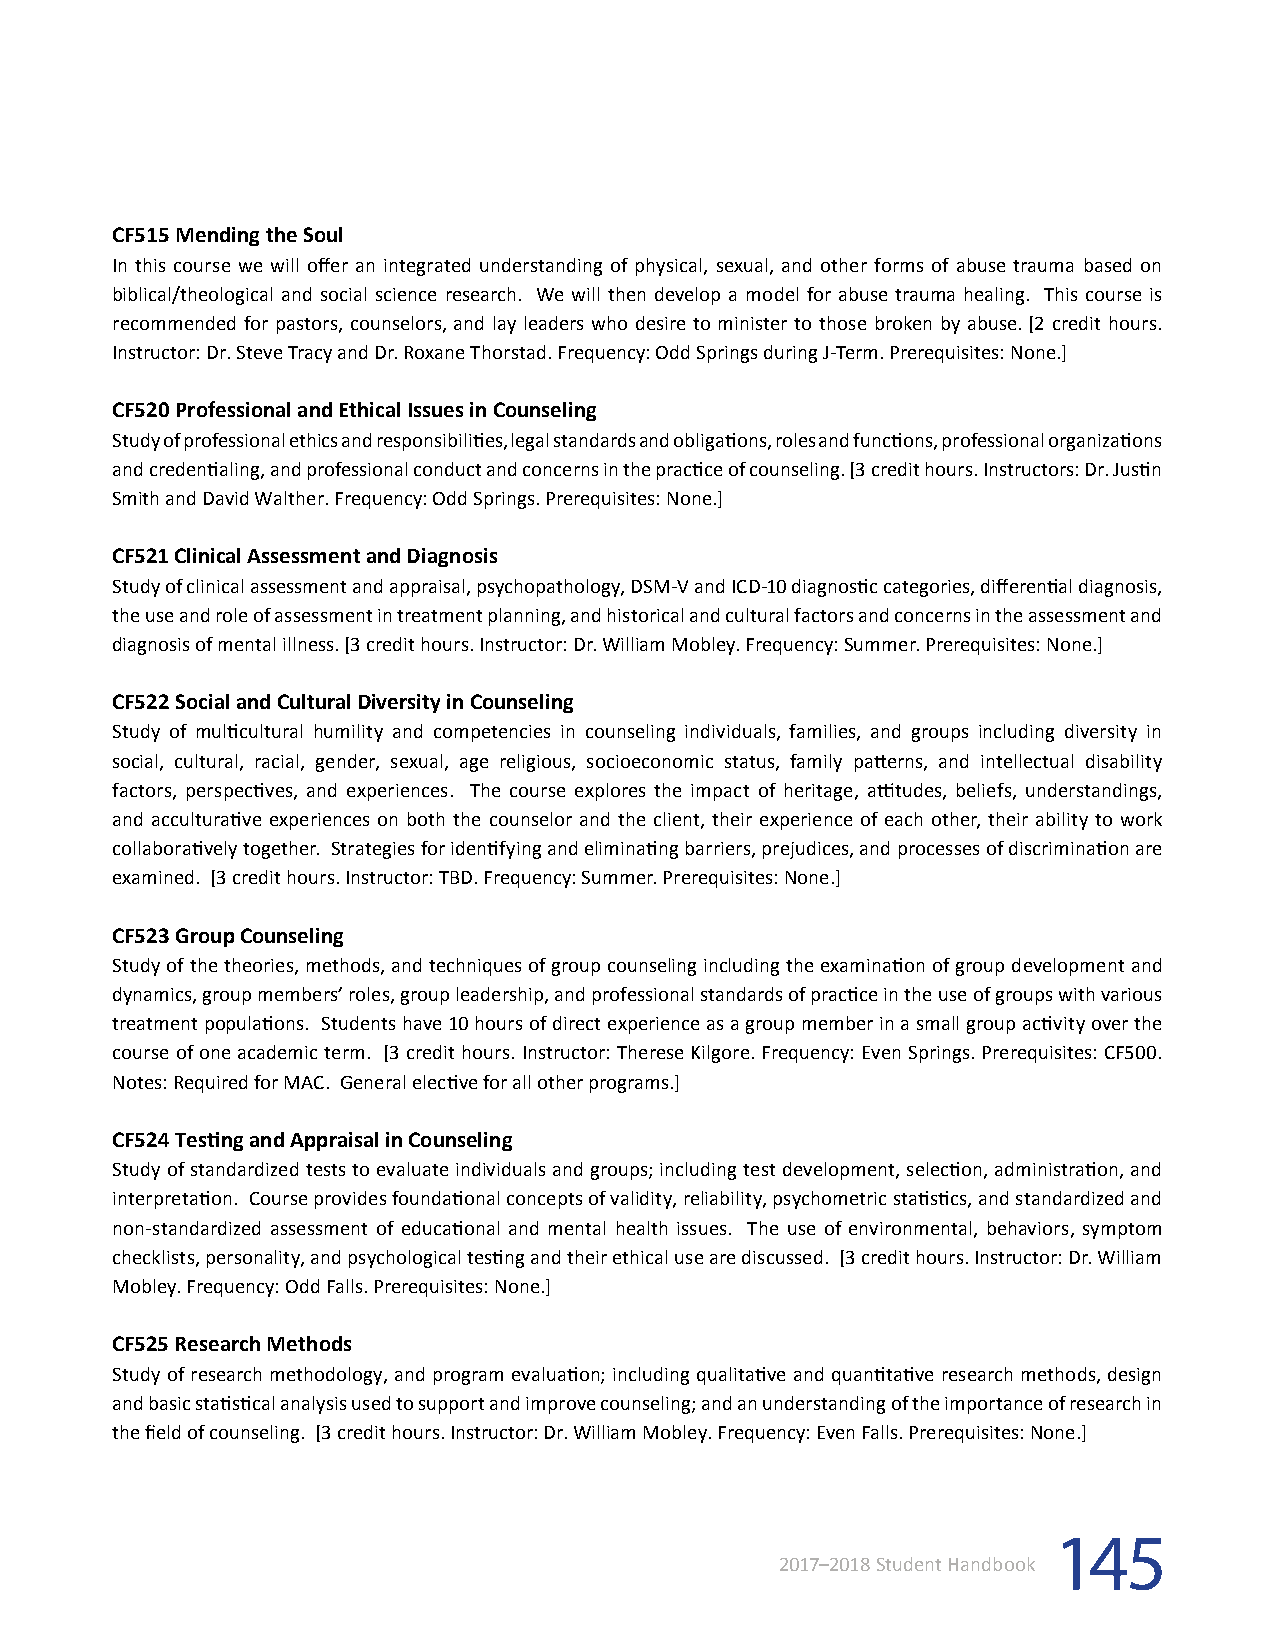
CF515 Mending the Soul
 In this course we will offer an integrated understanding of physical, sexual, and other forms of abuse trauma based on
 biblical/theological and social science research. We will then develop a model for abuse trauma healing. This course is
 recommended for pastors, counselors, and lay leaders who desire to minister to those broken by abuse. [2 credit hours.
 Instructor: Dr. Steve Tracy and Dr. Roxane Thorstad. Frequency: Odd Springs during J-Term. Prerequisites: None.]
 CF520 Professional and Ethical Issues in Counseling
 Study of professional ethics and responsibilities, legal standards and obligations, roles and functions, professional organizations
 and credentialing, and professional conduct and concerns in the practice of counseling. [3 credit hours. Instructors: Dr. Justin
 Smith and David Walther. Frequency: Odd Springs. Prerequisites: None.]
 CF521 Clinical Assessment and Diagnosis
 Study of clinical assessment and appraisal, psychopathology, DSM-V and ICD-10 diagnostic categories, differential diagnosis,
 the use and role of assessment in treatment planning, and historical and cultural factors and concerns in the assessment and
 diagnosis of mental illness. [3 credit hours. Instructor: Dr. William Mobley. Frequency: Summer. Prerequisites: None.]
 CF522 Social and Cultural Diversity in Counseling
 Study of multicultural humility and competencies in counseling individuals, families, and groups including diversity in
 social, cultural, racial, gender, sexual, age religious, socioeconomic status, family patterns, and intellectual disability
 factors, perspectives, and experiences. The course explores the impact of heritage, attitudes, beliefs, understandings,
 and acculturative experiences on both the counselor and the client, their experience of each other, their ability to work
 collaboratively together. Strategies for identifying and eliminating barriers, prejudices, and processes of discrimination are
 examined. [3 credit hours. Instructor: TBD. Frequency: Summer. Prerequisites: None.]
 CF523 Group Counseling
 Study of the theories, methods, and techniques of group counseling including the examination of group development and
 dynamics, group members’ roles, group leadership, and professional standards of practice in the use of groups with various
 treatment populations. Students have 10 hours of direct experience as a group member in a small group activity over the
 course of one academic term. [3 credit hours. Instructor: Therese Kilgore. Frequency: Even Springs. Prerequisites: CF500.
 Notes: Required for MAC. General elective for all other programs.]
 CF524 Testing and Appraisal in Counseling
 Study of standardized tests to evaluate individuals and groups; including test development, selection, administration, and
 interpretation. Course provides foundational concepts of validity, reliability, psychometric statistics, and standardized and
 non-standardized assessment of educational and mental health issues. The use of environmental, behaviors, symptom
 checklists, personality, and psychological testing and their ethical use are discussed. [3 credit hours. Instructor: Dr. William
 Mobley. Frequency: Odd Falls. Prerequisites: None.]
 CF525 Research Methods
 Study of research methodology, and program evaluation; including qualitative and quantitative research methods, design
 and basic statistical analysis used to support and improve counseling; and an understanding of the importance of research in
 the field of counseling. [3 credit hours. Instructor: Dr. William Mobley. Frequency: Even Falls. Prerequisites: None.]
 145
 2017–2018 Student Handbook